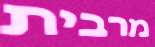
מרבית